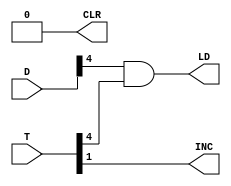
`timescale 1ns / 1ps
//////////////////////////////////////////////////////////////////////////////////
// Company: 
// Engineer: 
// 
// Design Name: 
// Module Name: PC_ARCH
// Project Name: 
// Target Devices: 
// Tool Versions: 
// Description: 
// 
// Dependencies: 
// 
// Revision:
// Revision 0.01 - File Created
// Additional Comments:
// 
//////////////////////////////////////////////////////////////////////////////////


module PC_ARCH ( INC, LD, CLR, D, T);
output  LD, INC, CLR;
input [7:0]  D;
input [7:0] T;

 assign LD = D[4] & T [4];
 assign INC = T[1];
 assign CLR =0;
 endmodule